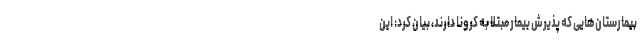
بیمارستان‌هایی که پذیرش بیمار مبتلا به کرونا دارند، بیان کرد: این